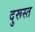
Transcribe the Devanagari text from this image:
दुरूस्‍त